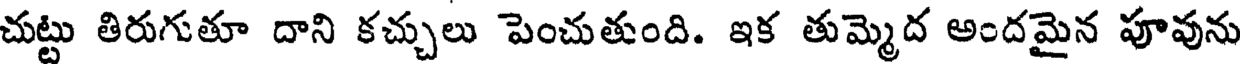
చుట్టు తిరుగుతూ దాని కచ్చులు పెంచుతుంది. ఇక తుమ్మెద అందమైన పూవును